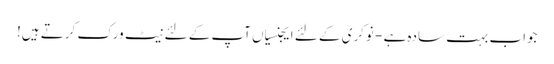
جواب بہت سادہ ہے - نوکری کے لئے ایجنسیاں آپ کے لئے نیٹ ورک کرتے ہیں!